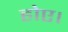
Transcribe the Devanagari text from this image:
होए।